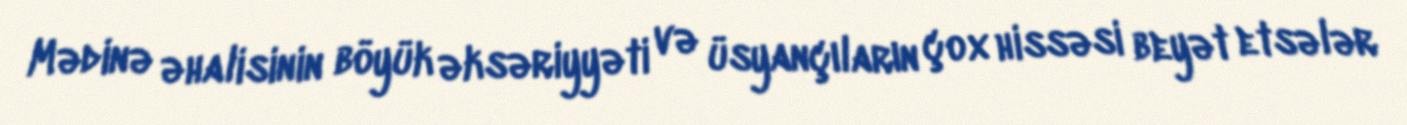
Mədinə əhalisinin böyük əksəriyyəti və üsyançıların çox hissəsi beyət etsələr